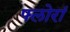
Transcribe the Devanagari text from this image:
फ्लोरां